Report of the Indian Hemp Drugs Commission, 1894-1895 - Volume V
Year: 1894
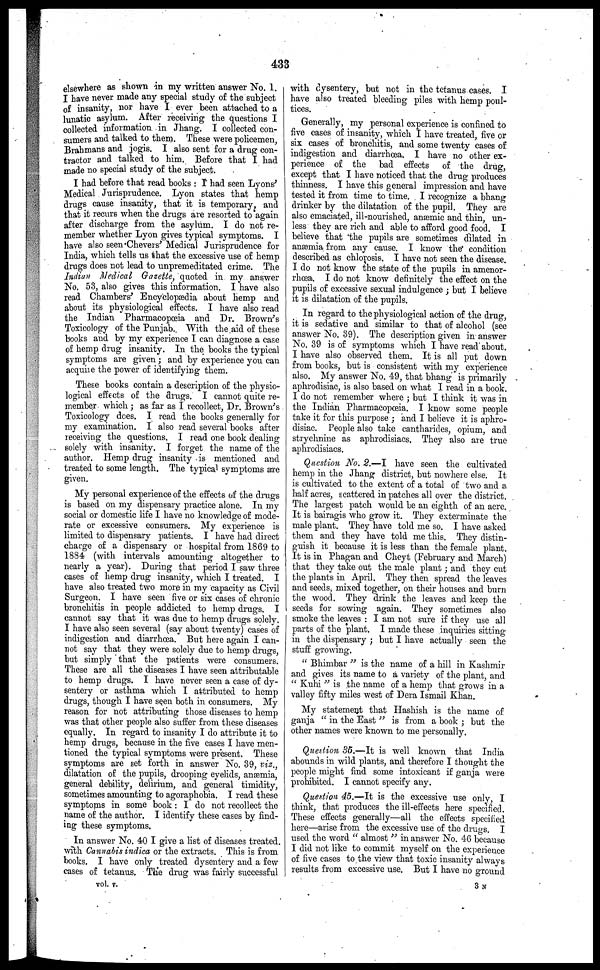
433
elsewhere as shown in my written answer No. 1.
I have never made any special study of the subject
of insanity, nor have I ever been attached to a
lunatic asylum. After receiving the questions I
collected information in Jhang. I collected con-
sumers and talked to them. These were policemen,
Brahmans and jogis. I also sent for a drug con-
tractor and talked to him. Before that I had
made no special study of the subject.
I had before that read books : I had seen Lyons'
Medical Jurisprudence. Lyon states that hemp
drugs cause insanity, that it is temporary, and
that it recurs when the drugs are resorted to again
after discharge from the asylum. I do not re-
member whether Lyon gives typical symptoms. I
have also seen Chevers' Medical Jurisprudence for
India, which tells us that the excessive use of hemp
drugs does not lead to unpremeditated crime. The
Indian Medical Gazette, quoted in my answer
No. 53, also gives this information. I have also
read Chambers' Encyclopaedia about hemp and
about its physiological effects. I have also read
the Indian Pharmacopœia and Dr. Brown's
Toxicology of the Punjab. With the aid of these
books and by my experience I can diagnose a case
of hemp drug insanity. In the books the typical
symptoms are given ; and by experience you can
acquire the power of identifying them.
These books contain a description of the physio-
logical effects of the drugs. I cannot quite re-
member which ; as far as I recollect, Dr. Brown's
Toxicology does. I read the books generally for
my examination. I also read several books after
receiving the questions. I read one book dealing
solely with insanity. I forget the name of the
author. Hemp drug insanity is mentioned and
treated to some length. The typical symptoms are
given.
My personal experience of the effects of the drugs
is based on my dispensary practice alone. In my
social or domestic life I have no knowledge of mode-
rate or excessive consumers. My experience is
limited to dispensary patients. I have had direct
charge of a dispensary or hospital from 1869 to
1884 (with intervals amounting altogether to
nearly a year). During that period I saw three
cases of hemp drug insanity, which I treated. I
have also treated two more in my capacity as Civil
Surgeon. I have seen five or six cases of chronic
bronchitis in people addicted to hemp drugs. I
cannot say that it was due to hemp drugs solely.
I have also seen several (say about twenty) cases of
indigestion and diarrhœa. But here again I can-
not say that they were solely due to hemp drugs,
but simply that the patients were consumers.
These are all the diseases I have seen attributable
to hemp drugs. I have never seen a case of dy-
sentery or asthma which I attributed to hemp
drugs, though I have seen both in consumers. My
reason for not attributing those diseases to hemp
was that other people also suffer from these diseases
equally. In regard to insanity I do attribute it to
hemp drugs, because in the five cases I have men-
tioned the typical symptoms were present. These
symptoms are set forth in answer No. 39, viz.,
dilatation of the pupils, drooping eyelids, anæmia,
general debility, delirium, and general timidity,
sometimes amounting to agoraphobia. I read these
symptoms in some book : I do not recollect the
name of the author. I identify these cases by find-
ing these symptoms.
In answer No. 40 I give a list of diseases treated.
with Cannabis indica or the extracts. This is from
books. I have only treated dysentery and a few
cases of tetanus. The drug was fairly successful
vol. v.
with dysentery, but not in the tetanus cases. I
have also treated bleeding piles with hemp poul-
tices.
Generally, my personal experience is confined to
five cases of insanity, which I have treated, five or
six cases of bronchitis, and some twenty cases of
indigestion and diarrhœa. I have no other ex-
perience of the bad effects of the drug,
except that I have noticed that the drug produces
thinness. I have this general impression and have
tested it from time to time. I recognize a bhang
drinker by the dilatation of the pupil. They are
also emaciated, ill-nourished, anæmic and thin, un-
less they are rich and able to afford good food. I
believe that the pupils are sometimes dilated in
anæmia from any cause. I know the condition
described as chlorosis. I have not seen the disease.
I do not know the state of the pupils in amenor-
rhœa. I do not know definitely the effect on the
pupils of excessive sexual indulgence ; but I believe
it is dilatation of the pupils.
In regard to the physiological action of the drug,
it is sedative and similar to that of alcohol (see
answer No. 39). The description given in answer
No. 39 is of symptoms which I have read about.
I have also observed them. It is all put down
from books, but is consistent with my experience
also. My answer No. 49, that bhang is primarily
aphrodisiac, is also based on what I read in a book.
I do not remember where ; but I think it was in
the Indian Pharmacopœia. I know some people
take it for this purpose ; and I believe it is aphro-
disiac. People also take cantharides, opium, and
strychnine as aphrodisiacs. They also are true
aphrodisiacs.
Question No. 2.—I have seen the cultivated
hemp in the Jhang district, but nowhere else. It
is cultivated to the extent of a total of two and a
half acres, scattered in patches all over the district.
The largest patch would be an eighth of an acre.
It is bairagis who grow it. They exterminate the
male plant. They have told me so. I have asked
them and they have told me this. They distin-
guish it because it is less than the female plant.
It is in Phagan and Cheyt (February and March)
that they take out the male plant; and they cut
the plants in April. They then spread the leaves
and seeds, mixed together, on their houses and burn
the wood. They drink the leaves and keep the
seeds for sowing again. They sometimes also
smoke the leaves : I am not sure if they use all
parts of the plant. I made these inquiries sitting
in the dispensary ; but I have actually seen the
stuff growing.
" Bhimbar " is the name of a hill in Kashmir
and gives its name to a variety of the plant, and
" Kuhi " is the name of a hemp that grows in a
valley fifty miles west of Dera Ismail Khan.
My statement that Hashish is the name of
ganja " in the East " is from a book ; but the
other names were known to me personally.
Question 35.—It is well known that India
abounds in wild plants, and therefore I thought the
people might find some intoxicant if ganja were
prohibited. I cannot specify any.
Question 45.—It is the excessive use only, I
think, that produces the ill-effects here specified.
These effects generally—all the effects specified
here—arise from the excessive use of the drugs. I
used the word " almost " in answer No. 46 because
I did not like to commit myself on the experience
of five cases to the view that toxic insanity always
results from excessive use. But I have no ground
3 N